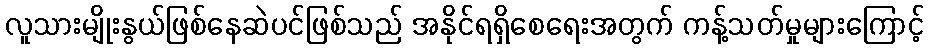
လူသားမျိုးနွယ်ဖြစ်နေဆဲပင်ဖြစ်သည် အနိုင်ရရှိစေရေးအတွက် ကန့်သတ်မှုများကြောင့်